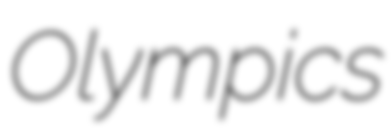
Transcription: Olympics